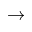
\rightarrow